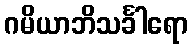
ဂမိယာဘိသင်္ခါရော